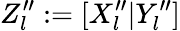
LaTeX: Z_{l}^{\prime\prime}:=[X_{l}^{\prime\prime}|Y_{l}^{\prime\prime}]